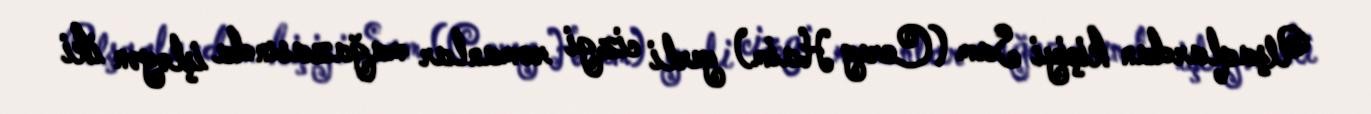
Uşaqlardan kiçiyi Sam (Corey Haim) yerli cizgi romanlar mağazasında işləyən iki